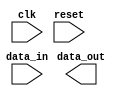
module fifo_buffer(
  input wire clk,
  input wire reset,
  input wire data_in,
  output wire data_out
);

// Timing control block
always @(posedge clk or negedge reset) begin
  if (reset) begin
    // Reset FIFO buffer
  end else begin
    // Handle tasks such as clock gating and data transfer timing
  end
end

// Synchronization block
always @(posedge clk) begin
  // Synchronize data between different clock domains
end

endmodule